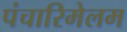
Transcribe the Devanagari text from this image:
पंचारिमेलम